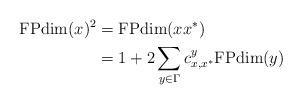
LaTeX: \begin{align*}\mathrm{FPdim}(x)^2&=\mathrm{FPdim}(xx^\ast)\\&=1+2\sum_{y\in\Gamma}c_{x,x^\ast}^y\mathrm{FPdim}(y)\end{align*}